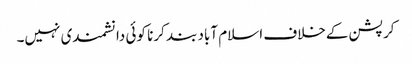
کرپشن کےخلاف اسلام آباد بند کرنا کوئی دانشمندی نہیں۔